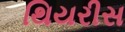
થિયરીસ